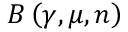
B \left( \gamma , \mu , n \right)